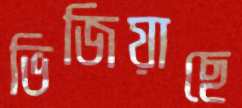
ভিজিয়াছে